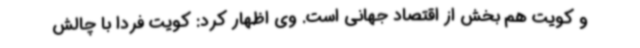
و کویت هم بخش از اقتصاد جهانی است. وی اظهار کرد: کویت فردا با چالش